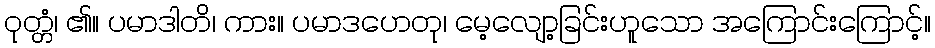
ဝုတ္တံ၊ ၏။ ပမာဒါတိ၊ ကား။ ပမာဒဟေတု၊ မေ့လျော့ခြင်းဟူသော အကြောင်းကြောင့်။